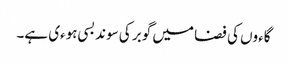
گاءوں کی فضا میں گوبر کی سوند بسی ہوءی ہے۔